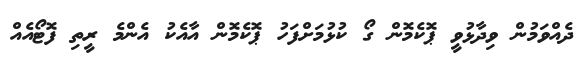
ދެއްވަމުން ވިދާޅުވީ ޕޮކެމޮން ގޯ ކުޅުމަށްފަހު ޕޮކެމޮން އާއެކު އެންމެ ރީތި ފޮޓޯއެއް